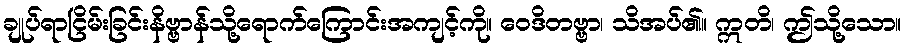
ချုပ်ရာငြိမ်းခြင်းနိဗ္ဗာန်သို့ရောက်ကြောင်းအကျင့်ကို။ ဝေဒိတဗ္ဗာ၊ သိအပ်၏။ ဣတိ၊ ဤသို့သော။